Note on the mental hospitals in Burma - 1925-1940
Year: 1925
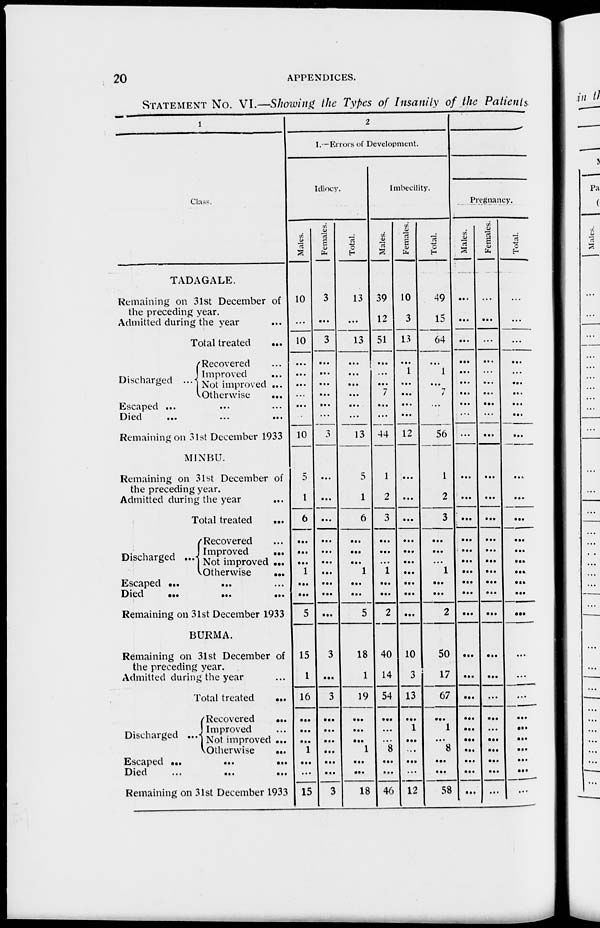
20
APPENDICES.
STATEMENT No. VI.—Showing the Types of Insanity of the Patients
1
Class.
TADAGALE.
Remaining on 31st December of
the preceding year.
Admitted during the year ...
Total treated
...
Discharged ...
Recovered ...
Improved ...
Not improved ...
Otherwise
...
Escaped ... ... ...
Died
... ... ...
Remaining on 31st December 1933
MINBU.
Remaining on 31st December of
the preceding year.
Admitted during the year ...
Total treated
...
Discharged ...
Recovered ...
Improved
...
Not improved ...
Otherwise
...
Escaped
...
...
...
Died
...
...
...
Remaining on 31st December 1933
BURMA.
Remaining on 31st December of
the preceding year.
Admitted during the year ...
Total treated
...
Discharged ...
Recovered
Improved
Not improved ...
Otherwise
...
Escaped ...
...
...
Died
...
...
...
Remaining on 31st December 1933
2
I.—Errors of Development.
Idiocy.
Males.
10
...
10
...
...
...
...
...
...
10
5
1
6
...
...
...
1
...
...
5
15
1
16
...
...
...
1
...
...
15
Females.
3
...
3
...
...
...
...
...
...
3
...
...
...
...
...
...
...
...
...
...
3
...
3
...
...
...
...
...
...
3
Total.
13
...
13
...
...
...
...
...
...
13
5
1
6
...
...
...
1
...
...
5
18
1
19
...
...
...
1
...
...
18
Imbecility.
Males.
39
12
51
...
...
...
7
...
...
44
1
2
3
...
...
...
1
...
...
2
40
14
54
...
...
...
8
...
...
46
Females.
10
3
13
...
1
...
...
...
...
12
...
...
...
...
...
...
...
...
...
...
10
3
13
...
1
...
...
...
...
12
Total.
49
15
64
...
1
...
7
...
...
56
1
2
3
...
...
1
...
...
2
50
17
67
...
1
...
8
...
...
58
Pregnancy.
Males.
...
...
...
...
...
...
...
...
...
...
...
...
...
...
...
...
...
...
...
...
...
...
...
...
...
...
...
...
...
...
Females.
...
...
...
...
...
...
...
...
...
...
...
...
...
...
...
...
...
...
...
...
...
...
...
...
...
...
...
...
...
...
Total.
...
...
...
...
...
...
...
...
...
...
...
...
...
...
...
...
...
...
...
...
...
...
...
...
...
...
...
...
...
...